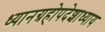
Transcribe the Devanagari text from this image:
ध्यानग्रहोपदेशाध्याय